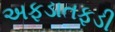
અફડાતફડી